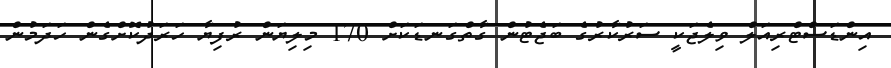
އިންޑަސްޓްރިއަލް ވިލެޖަކީ ސަރުކާރުގެ ބަޖެޓުން ގާތްގަނޑަކަށް 170 މިލިޔަން ރުފިޔާ ހަރަދުކޮށްގެން ހަދަމުން